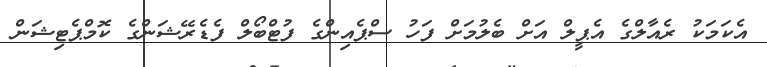
އެކަމަކު ރެއާލްގެ އެޕީލް އަށް ބެލުމަށް ފަހު ސްޕެއިންގެ ފުޓްބޯލް ފެޑެރޭޝަންގެ ކޮމްޕެޓިޝަން